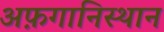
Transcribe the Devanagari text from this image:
अफ़गानिस्थान